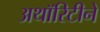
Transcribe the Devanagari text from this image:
अथॉरिटीने